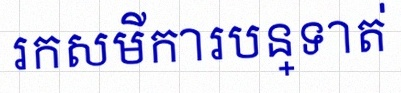
រកសមីការបន្ទាត់